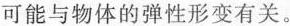
可能与物体的弹性形变有关。